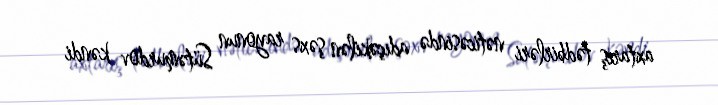
axtarış tədbirləri nəticəsində adıçəkilən şəxs rayonun Sütəmurdov kəndi